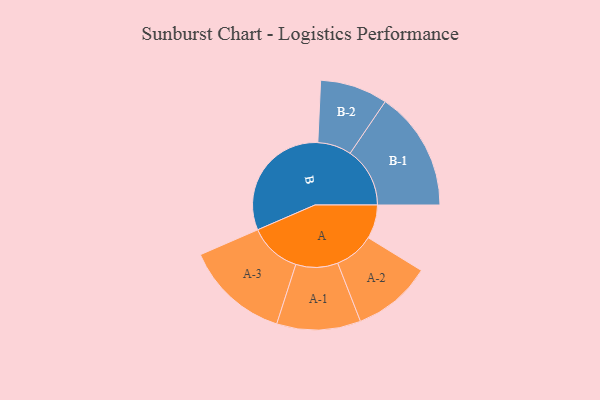
{"axis": {"x": "Segment", "y": "Value"}, "legend": ["", "A", "B"], "data": [{"x": "A", "y": 116, "type": ""}, {"x": "B", "y": 426, "type": ""}, {"x": "A-1", "y": 144, "type": "A"}, {"x": "A-2", "y": 136, "type": "A"}, {"x": "A-3", "y": 179, "type": "A"}, {"x": "B-1", "y": 205, "type": "B"}, {"x": "B-2", "y": 116, "type": "B"}]}